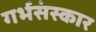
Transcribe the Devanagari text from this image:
गर्भसंस्कार